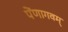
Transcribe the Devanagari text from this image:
पेंणागवम्